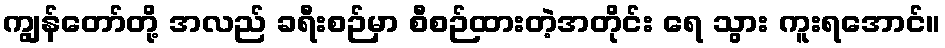
ကျွန်တော်တို့ အလည် ခရီးစဉ်မှာ စီစဉ်ထားတဲ့အတိုင်း ရေ သွား ကူးရအောင်။